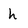
Character: h